Vaccination in Bombay 1924-1928 - 1924-1928
Year: 1924
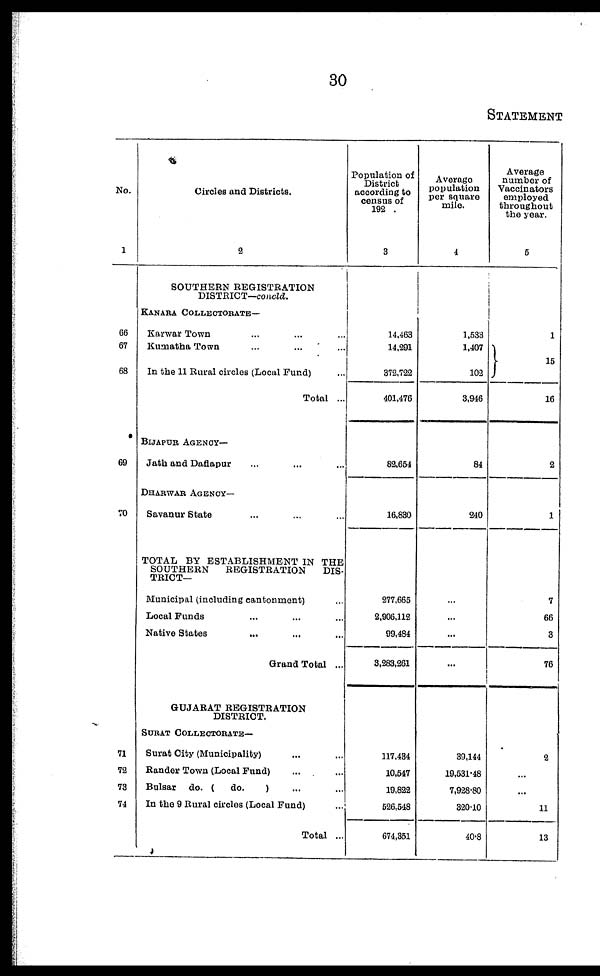
30
STATEMENT
No.
1
66
67
68
69
70
71
72
73
74
Circles and Districts.
2
SOUTHERN REGISTRATION
DISTRICT—concld.
KANARA COLLECTORATE—
Karwar Town ... ... ...
Kumatha Town ... ... ...
In the 11 Rural circles (Local Fund) ...
Total ...
BIJAPUR AGENCY—
Jath and Daflapur ... ... ...
DHARWAR AGENCY—
Savanur State ... ... ...
TOTAL BY ESTABLISHMENT IN THE
SOUTHERN
REGISTRATION
DIS-
TRICT—
Municipal (including cantonment)
Local Funds ... ... ...
Native States ... ... ...
Grand Total ...
GUJARAT REGISTRATION
DISTRICT.
SURAT COLLECTORATE—
Surat City (Municipality) ... ...
Rander Town (Local Fund) ... ...
Bulsar do. (
do.
) ... ...
In the 9 Rural circles (Local Fund) ...
Total ...
Population of
District
according to
census of
192 .
3
14,463
14,291
372,722
401,476
82,654
16,830
277,665
2,906,112
99,484
3,283,261
117,434
10,547
19,822
526,548
674,351
Average
population
per square
mile.
4
1,533
1,407
102
3,946
84
240
...
...
...
...
39,144
19,531.48
7,928.80
320.10
40.8
Average
number of
Vaccinators
employed
throughout
the year.
5
1
15
16
2
1
7
66
3
76
2
...
...
11
13